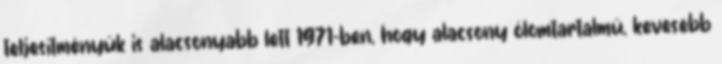
teljesítményük is alacsonyabb lett 1971-ben, hogy alacsony ólomtartalmú, kevesebb